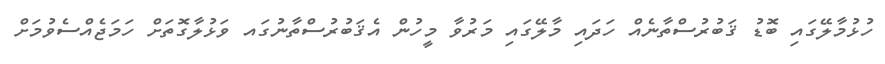
ހުޅުމާލޭގައި ބޮޑު ޤަބުރުސްތާނެއް ހަދައި މާލޭގައި މަރުވާ މީހުން އެޤަބުރުސްތާނުގައ ވަޅުލާގޮތަށް ހަމަޖެއްސެވުމަށް